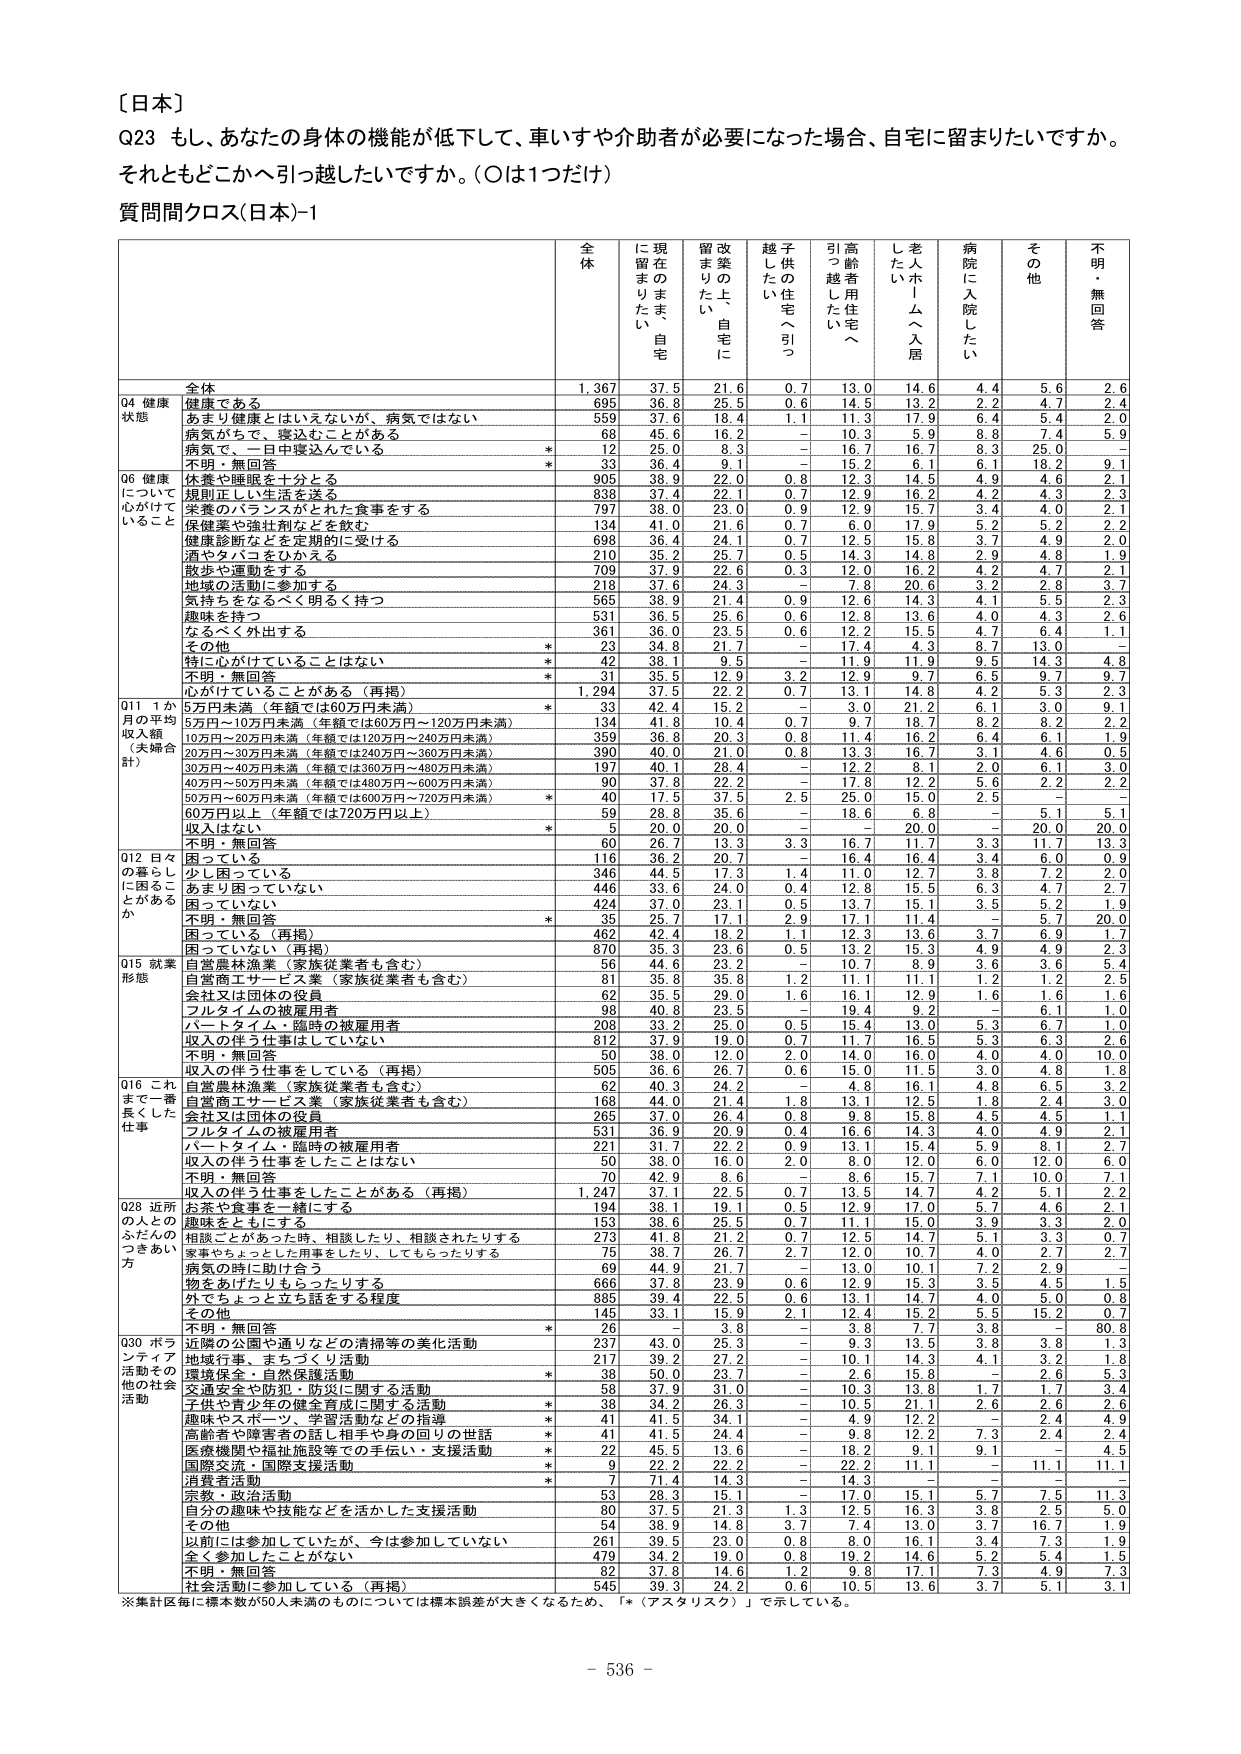
〔日本〕

Q23 もし、あなたの身体の機能が低下して、車いすや介助者が必要になった場合、自宅に留まりたいですか。
それともどこかへ引っ越したいですか。（○は1つだけ）

質問間クロス(日本)-1

全体 | に現在のまま留まりたい、自宅 | 改築の上、自宅に留まりたい | 越子供の住宅へ引っ越したい | 引高齢者用住宅へ引っ越したい | 老人ホームへ入居したい | 病院に入院したい | その他 | 不明・無回答
--- | --- | --- | --- | --- | --- | --- | --- | ---
全体 | 1,367 | 37.5 | 21.6 | 0.7 | 13.0 | 14.6 | 4.4 | 5.6 | 2.6
Q4 健康状態 | | | | | | | | |
健康である | 695 | 36.8 | 25.5 | 0.6 | 14.5 | 13.2 | 2.2 | 4.7 | 2.4
あまり健康とはいいえないが、病気ではない | 559 | 37.6 | 18.4 | 1.1 | 11.3 | 17.9 | 6.4 | 5.4 | 2.0
病気があって、寝込むことがある | 68 | 45.6 | 16.2 | - | 10.3 | 5.9 | 8.8 | 7.4 | 5.9
病気で、一日中寝込んでいる | * | 25.0 | 8.3 | - | 16.7 | 16.7 | 8.3 | 25.0 | -
不明・無回答 | * | 36.4 | 9.1 | - | 15.2 | 6.1 | 6.1 | 18.2 | 9.1
Q6 健康について心がけていること | | | | | | | | |
休養や睡眠を十分とる | 905 | 38.9 | 22.0 | 0.8 | 12.3 | 14.5 | 4.9 | 4.6 | 2.1
規則正しい生活を送る | 838 | 37.4 | 22.1 | 0.7 | 12.9 | 16.2 | 4.2 | 4.3 | 2.3
栄養のバランスがとれた食事をする | 797 | 38.0 | 23.0 | 0.9 | 12.9 | 15.7 | 3.4 | 4.0 | 2.1
保健薬や強壮剤などを飲む | 134 | 41.0 | 21.6 | 0.7 | 6.0 | 17.9 | 5.2 | 5.2 | 2.2
健康診断などを定期的に受ける | 698 | 36.4 | 24.1 | 0.7 | 12.5 | 15.8 | 3.7 | 4.9 | 2.0
酒やタバコをひかえる | 210 | 35.2 | 25.7 | 0.5 | 14.3 | 14.8 | 2.9 | 4.8 | 1.9
散歩や運動をする | 709 | 37.9 | 22.6 | 0.3 | 12.0 | 16.2 | 4.2 | 4.7 | 2.1
地域の活動に参加する | 218 | 37.6 | 24.3 | - | 7.8 | 20.6 | 3.2 | 2.8 | 3.7
気持ちをなるべく明るく持つ | 565 | 38.9 | 21.4 | 0.9 | 12.6 | 14.3 | 4.1 | 5.5 | 2.3
趣味を持つ | 531 | 36.5 | 25.6 | 0.6 | 12.8 | 13.6 | 4.0 | 4.3 | 2.6
なるべく外出する | 361 | 36.0 | 23.5 | 0.6 | 12.2 | 15.5 | 4.7 | 6.4 | 1.1
その他 | * | 34.8 | 21.7 | - | 17.4 | 4.3 | 8.7 | 13.0 | -
特に心がけていることはない | * | 38.1 | 9.5 | - | 11.9 | 11.9 | 9.5 | 14.3 | 4.8
不明・無回答 | * | 35.5 | 12.9 | 3.2 | 12.9 | 9.7 | 6.5 | 9.7 | 9.7
Q11 1か月の平均収入額（夫婦合計） | | | | | | | | |
心がけていることがある（再掲） | 1,294 | 37.5 | 22.2 | 0.7 | 13.1 | 14.8 | 4.2 | 5.3 | 2.3
5万円未満（年額では60万円未満） | * | 33 | 42.4 | 15.2 | - | 3.0 | 21.2 | 6.1 | 3.0 | 9.1
5万円～10万円未満（年額では60万円～120万円未満） | 134 | 41.8 | 10.4 | 0.7 | 9.7 | 18.7 | 8.2 | 8.2 | 2.2
10万円～20万円未満（年額では120万円～240万円未満） | 359 | 36.8 | 20.3 | 0.8 | 11.4 | 16.2 | 6.4 | 6.1 | 1.9
20万円～30万円未満（年額では240万円～360万円未満） | 390 | 40.0 | 21.0 | 0.8 | 13.3 | 16.7 | 3.1 | 4.6 | 0.5
30万円～40万円未満（年額では360万円～480万円未満） | 197 | 40.1 | 28.4 | - | 12.2 | 8.1 | 2.0 | 6.1 | 3.0
40万円～50万円未満（年額では480万円～600万円未満） | 90 | 37.8 | 22.2 | - | 17.8 | 12.2 | 5.6 | 2.2 | 2.2
50万円～60万円未満（年額では600万円～720万円未満） | * | 40 | 17.5 | 37.5 | 2.5 | 25.0 | 15.0 | 2.5 | -
60万円以上（年額では720万円以上） | 59 | 28.8 | 35.6 | - | 18.6 | 6.8 | - | 5.1 | 5.1
収入はない | 5 | 20.0 | 20.0 | - | - | 20.0 | - | 20.0 | 20.0
不明・無回答 | 60 | 26.7 | 13.3 | 3.3 | 16.7 | 11.7 | 3.3 | 11.7 | 13.3
Q12 日々の暮らしに困ることがあるか | | | | | | | | |
困っている | 116 | 36.2 | 20.7 | - | 16.4 | 16.4 | 3.4 | 6.0 | 0.9
少し困っている | 346 | 44.5 | 17.3 | 1.4 | 11.0 | 12.7 | 3.8 | 7.2 | 2.0
あまり困っていない | 446 | 33.6 | 24.0 | 0.4 | 12.8 | 15.5 | 6.3 | 4.7 | 2.7
困っていない | 424 | 37.0 | 23.1 | 0.5 | 13.7 | 15.1 | 3.5 | 5.2 | 1.9
不明・無回答 | * | 35 | 25.7 | 17.1 | 2.9 | 17.1 | 11.4 | - | 5.7 | 20.0
困っている（再掲） | 462 | 42.4 | 18.2 | 1.1 | 12.3 | 13.6 | 3.7 | 6.9 | 1.7
困っていない（再掲） | 870 | 35.3 | 23.6 | 0.5 | 13.2 | 15.3 | 4.9 | 4.9 | 2.3
Q15 就業形態 | | | | | | | | |
自営農林漁業（家族従業者も含む） | 56 | 44.6 | 23.2 | - | 10.7 | 8.9 | 3.6 | 3.6 | 5.4
自営商工サービス業（家族従業者も含む） | 81 | 35.8 | 35.8 | 1.2 | 11.1 | 11.1 | 1.2 | 1.2 | 2.5
会社又は団体の役員 | 62 | 35.5 | 29.0 | 1.6 | 16.1 | 12.9 | 1.6 | 1.6 | 1.6
フルタイムの被雇用者 | 98 | 40.8 | 23.5 | - | 19.4 | 9.2 | - | 6.1 | 1.0
パートタイム・臨時の被雇用者 | 208 | 33.2 | 25.0 | 0.5 | 15.4 | 13.0 | 5.3 | 6.7 | 1.0
収入の伴う仕事はしていない | 812 | 37.9 | 19.0 | 0.7 | 11.7 | 16.5 | 5.3 | 6.3 | 2.6
不明・無回答 | 50 | 38.0 | 12.0 | 2.0 | 14.0 | 16.0 | 4.0 | 4.0 | 10.0
収入の伴う仕事をしている（再掲） | 505 | 36.6 | 26.7 | 0.6 | 15.0 | 11.5 | 3.0 | 4.8 | 1.8
自営農林漁業（家族従業者も含む） | 62 | 40.3 | 24.2 | - | 4.8 | 16.1 | 4.8 | 6.5 | 3.2
自営商工サービス業（家族従業者も含む） | 168 | 44.0 | 21.4 | 1.8 | 13.1 | 12.5 | 1.8 | 2.4 | 3.0
会社又は団体の役員 | 265 | 37.0 | 26.4 | 0.8 | 9.8 | 15.8 | 4.5 | 4.5 | 1.1
フルタイムの被雇用者 | 531 | 36.9 | 20.9 | 0.4 | 16.6 | 14.3 | 4.0 | 4.9 | 2.1
パートタイム・臨時の被雇用者 | 221 | 31.7 | 22.2 | 0.9 | 13.1 | 15.4 | 5.9 | 8.1 | 2.7
収入の伴う仕事をしたことはない | 50 | 38.0 | 16.0 | 2.0 | 8.0 | 12.0 | 6.0 | 12.0 | 6.0
不明・無回答 | 70 | 42.9 | 8.6 | - | 8.6 | 15.7 | 7.1 | 10.0 | 7.1
収入の伴う仕事をしたことがある（再掲） | 1,247 | 37.1 | 22.5 | 0.7 | 13.5 | 14.7 | 4.2 | 5.1 | 2.2
Q28 近所の人とのふれあいの仕方 | | | | | | | | |
お茶や食事を一緒にする | 194 | 38.1 | 19.1 | 0.5 | 12.9 | 17.0 | 5.7 | 4.6 | 2.1
趣味をともにする | 153 | 38.6 | 25.5 | 0.7 | 11.1 | 15.0 | 3.9 | 3.3 | 2.0
相談ごとがあった時、相談したり、相談されたりする | 273 | 41.8 | 21.2 | 0.7 | 12.5 | 14.7 | 5.1 | 3.3 | 0.7
家事やちょっとした用事をしたり、してもらったりする | 75 | 38.7 | 26.7 | 2.7 | 12.0 | 10.7 | 4.0 | 2.7 | 2.7
病気の時に助け合う | 69 | 44.9 | 21.7 | - | 13.0 | 10.1 | 7.2 | 2.9 | -
物をあげたりもらったりする | 666 | 37.8 | 23.9 | 0.6 | 12.9 | 15.3 | 3.5 | 4.5 | 1.5
外でちょっと立ち話をする程度 | 885 | 39.4 | 22.5 | 0.6 | 13.1 | 14.7 | 4.0 | 5.0 | 0.8
その他 | 145 | 33.1 | 15.9 | 2.1 | 12.4 | 15.2 | 5.5 | 15.2 | 0.7
不明・無回答 | * | 26 | - | 3.8 | - | 3.8 | 7.7 | 3.8 | - | 80.8
Q30 ボランティア活動その他の社会活動 | | | | | | | | |
近隣の公園や通りなどの清掃等の美化活動 | 237 | 43.0 | 25.3 | - | 9.3 | 13.5 | 3.8 | 3.8 | 1.3
地域行事、まちづくり活動 | 217 | 39.2 | 27.2 | - | 10.1 | 14.3 | 4.1 | 3.2 | 1.8
環境保全・自然保護活動 | * | 38 | 50.0 | 23.7 | - | 2.6 | 15.8 | - | 2.6 | 5.3
交通安全や防犯・防災に関する活動 | 58 | 37.9 | 31.0 | - | 10.3 | 13.8 | 1.7 | 1.7 | 3.4
子供や青少年の健全育成に関する活動 | * | 38 | 34.2 | 26.3 | - | 10.5 | 21.1 | 2.6 | 2.6 | 2.6
趣味やスポーツ、学習活動などの指導 | * | 41 | 41.5 | 34.1 | - | 4.9 | 12.2 | - | 2.4 | 4.9
高齢者や障害者の話し相手や身の回りの世話 | * | 41 | 41.5 | 24.4 | - | 9.8 | 12.2 | 7.3 | 2.4 | 2.4
医療機関や福祉施設等の手伝い・支援活動 | * | 22 | 45.5 | 13.6 | - | 18.2 | 9.1 | 9.1 | - | 4.5
国際交流・国際支援活動 | * | 9 | 22.2 | 22.2 | - | 22.2 | 11.1 | - | 11.1 | 11.1
消費者活動 | * | 7 | 71.4 | 14.3 | - | 14.3 | - | - | - | -
宗教・政治活動 | 53 | 28.3 | 15.1 | - | 17.0 | 15.1 | 5.7 | 7.5 | 11.3
自分の趣味や技能などを活かした支援活動 | 80 | 37.5 | 21.3 | 1.3 | 12.5 | 16.3 | 3.8 | 2.5 | 5.0
その他 | 54 | 38.9 | 14.8 | 3.7 | 7.4 | 13.0 | 3.7 | 16.7 | 1.9
以前には参加していたが、今は参加していない | 261 | 39.5 | 23.0 | 0.8 | 8.0 | 16.1 | 3.4 | 7.3 | 1.9
全く参加したことがない | 479 | 34.2 | 19.0 | 0.8 | 19.2 | 14.6 | 5.2 | 5.4 | 1.5
不明・無回答 | 82 | 37.8 | 14.6 | 1.2 | 9.8 | 17.1 | 7.3 | 4.9 | 7.3
社会活動に参加している（再掲） | 545 | 39.3 | 24.2 | 0.6 | 10.5 | 13.6 | 3.7 | 5.1 | 3.1

※集計区毎に標本数が50人未満のものについては標本誤差が大きくなるため、「*（アスタリスク）」で示している。

- 536 -